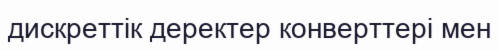
дискреттік деректер конверттері мен